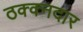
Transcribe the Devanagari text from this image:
ठक्क्नदार